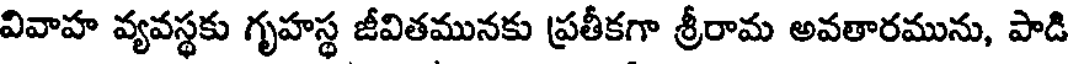
వివాహ వ్యవస్థకు గృహస్థ జీవితమునకు ప్రతీకగా శ్రీరామ అవతారమును, పాడి